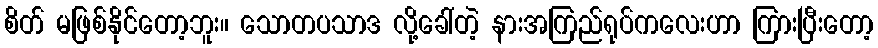
စိတ် မဖြစ်နိုင်တော့ဘူး။ သောတပသာဒ လို့ခေါ်တဲ့ နားအကြည်ရုပ်ကလေးဟာ ကြားပြီးတော့